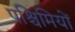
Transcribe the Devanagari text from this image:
पश्चिमियों